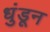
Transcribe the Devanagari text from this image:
धुंडून